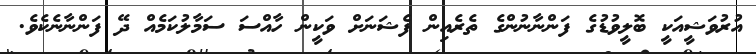
އުރުވަޝީއަކީ ބޮލީވުޑުގެ ފަންނާނުންގެ ތެރެއިން ފެޝަނަށް ވަކީން ހާއްސަ ސަމާލުކަމެއް ދޭ ފަންނާނެކެވެ.